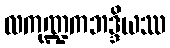
လကုဏ္ဍကဘဒ္ဒိယဿ